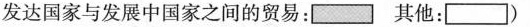
发达国家与发展中国家之间的贸易：其他：)